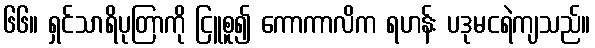
၆၆။ ရှင်သာရိပုတြာကို ငြူစူ၍ ကောကာလိက ရဟန်း ပဒုမငရဲကျသည်။